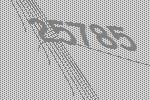
25785